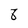
Character: 8